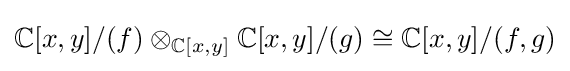
\mathbb {C} [x,y]/(f)\otimes _{\mathbb {C} [x,y]}\mathbb {C} [x,y]/(g)\cong \mathbb {C} [x,y]/(f,g)